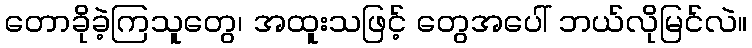
တောခိုခဲ့ကြသူတွေ၊ အထူးသဖြင့် တွေအပေါ် ဘယ်လိုမြင်လဲ။